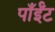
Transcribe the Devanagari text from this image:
पाँईँट